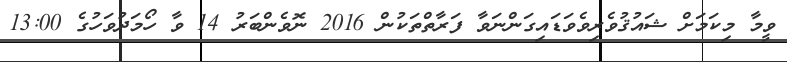
ވީމާ މިކަމަށް ޝައުޤުވެރިވެވަޑައިގަންނަވާ ފަރާތްތަކުން 2016 ނޮވެންބަރު 14 ވާ ހޯމަދުވަހުގެ 13:00